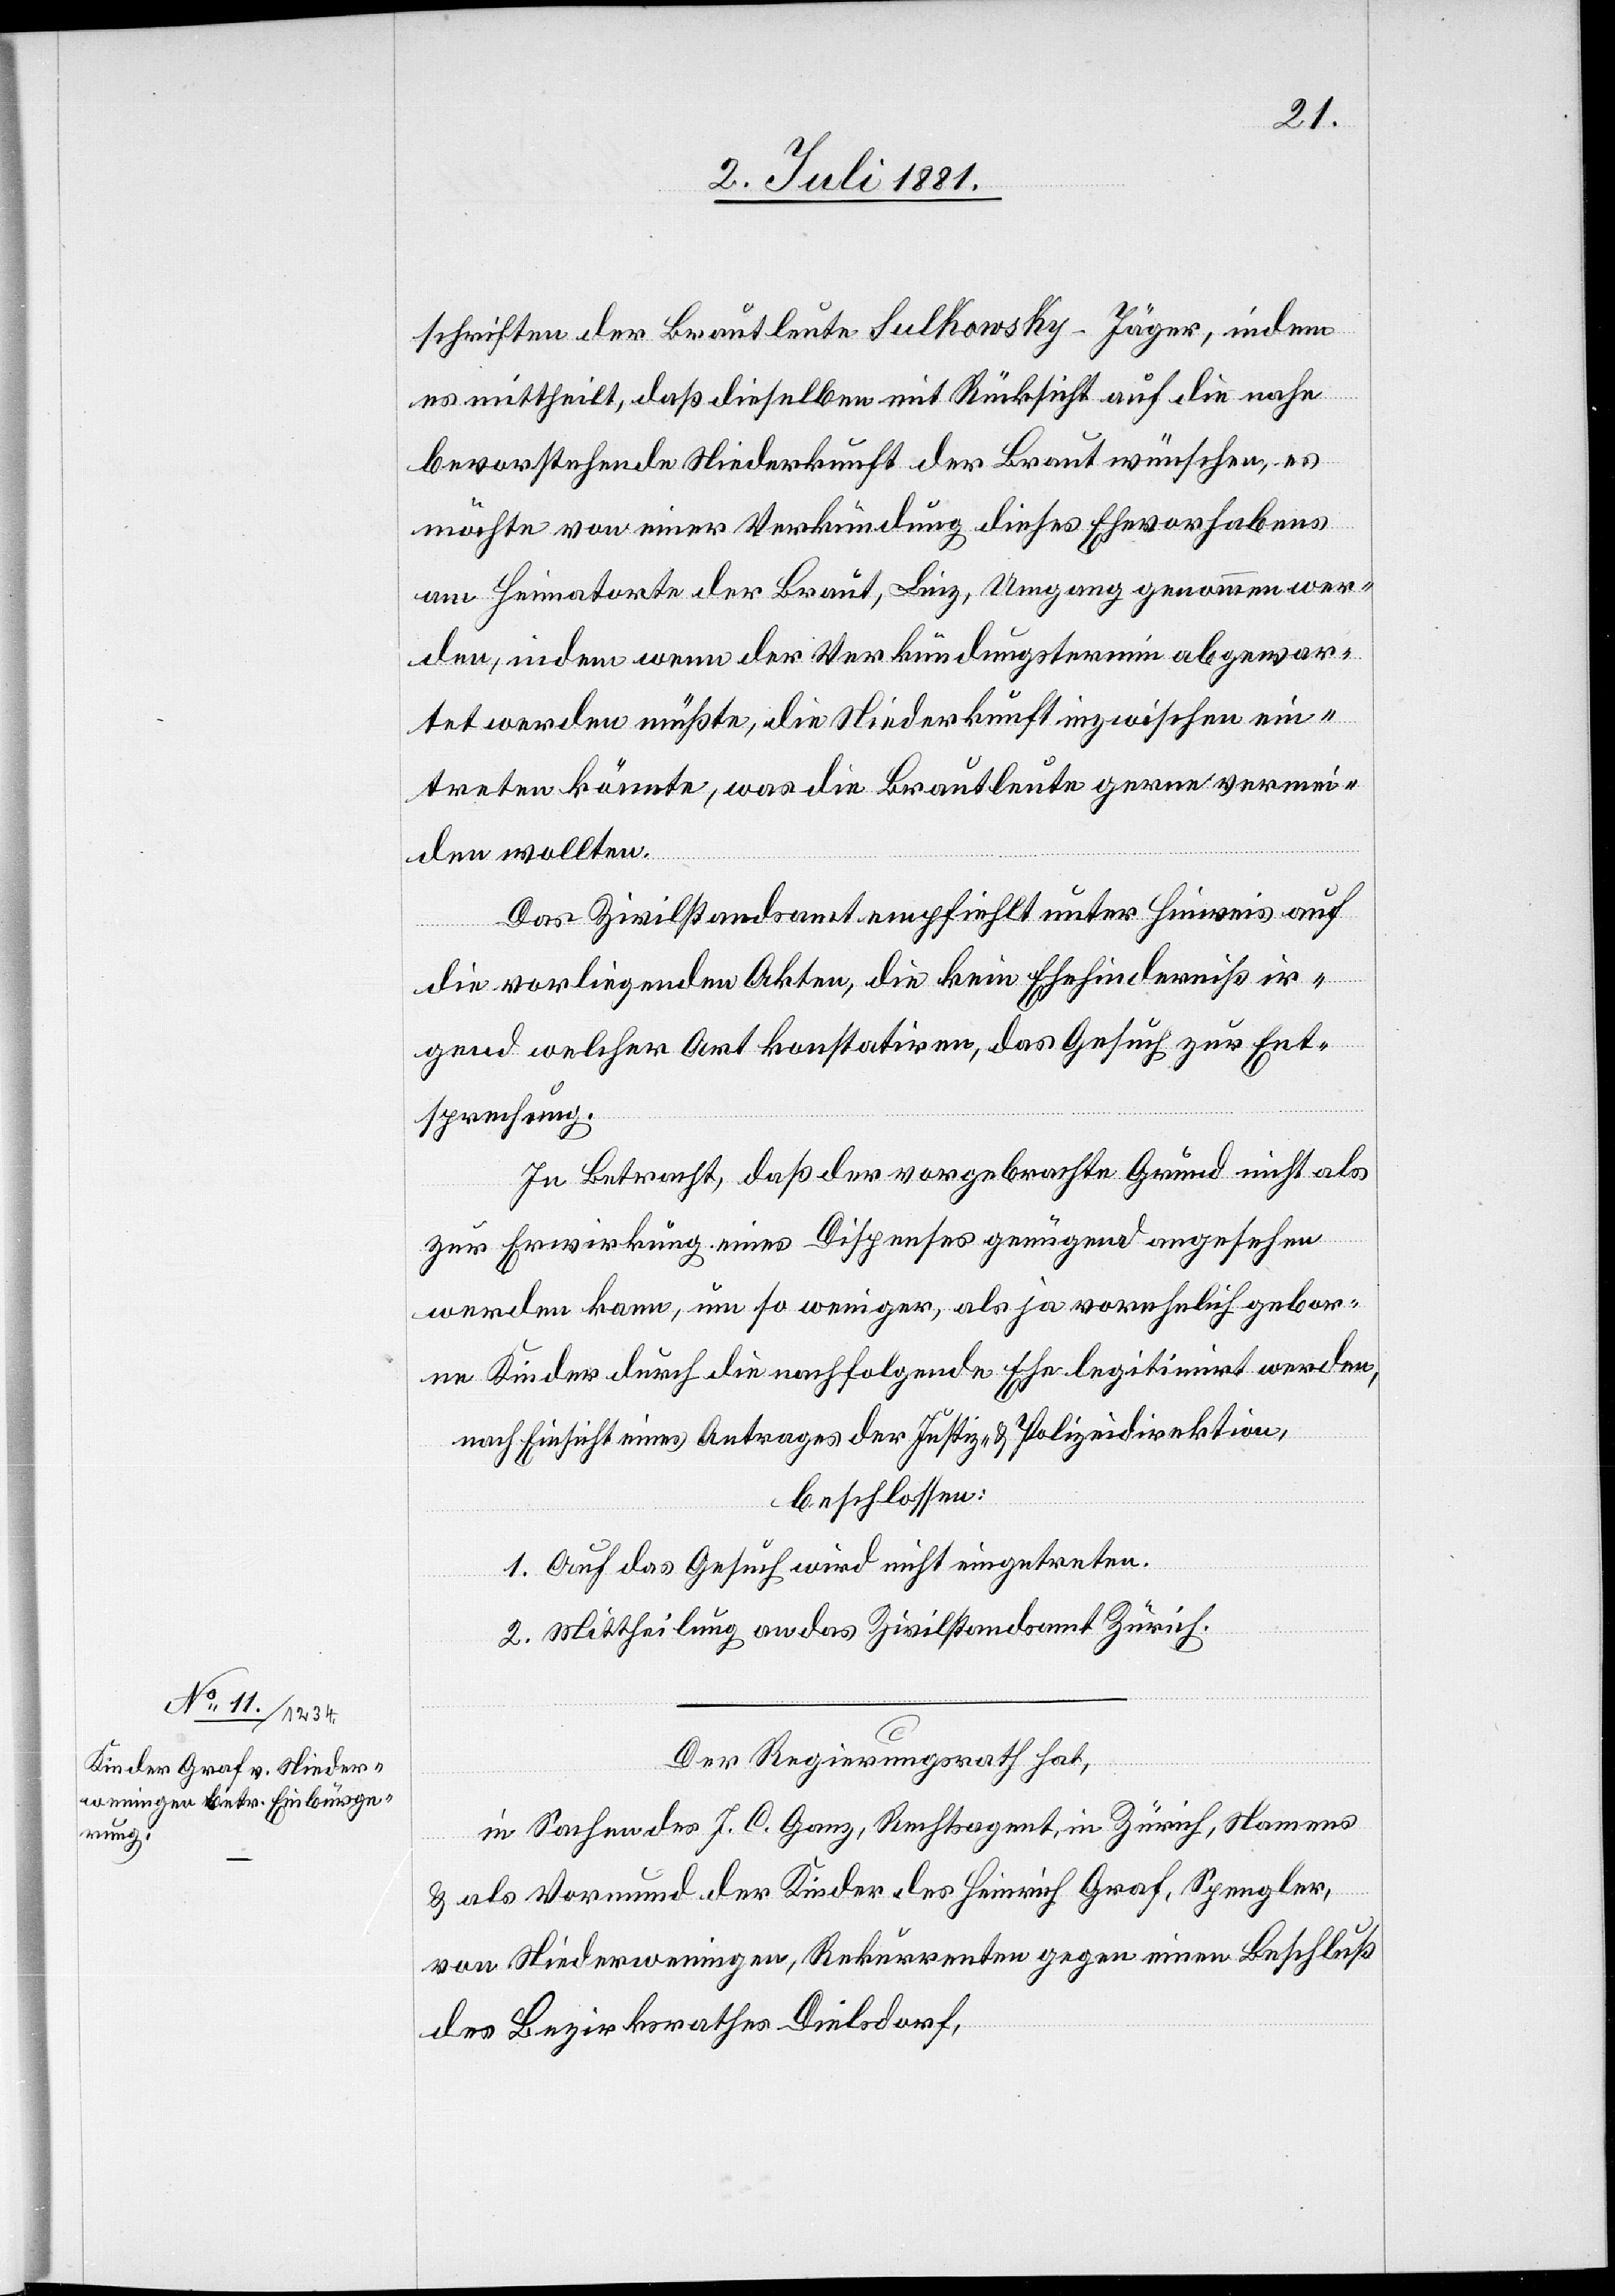
schriften der Brautleute Sulkowsky-Jäger, indem
es mittheilt, daß dieselben mit Rücksicht auf die nahe
bevorstehende Niederkunft der Braut wünschen, es
möchte von einer Verkündung dieses Ehevorhabens
am Heimatorte der Braut, Linz, Umgang genommen wer¬
den, indem wenn der Verkündungstermin abgewar¬
tet werden müßte, die Niederkunft inzwischen ein¬
treten könnte, was die Brautleute genau vermei¬
den wollten.
Das Zivilstandsamt empfiehlt unter Hinweis auf
die vorliegenden Akten, die kein Ehehinderniß ir¬
gend welcher Art konstatiren, das Gesuch zur Ent¬
sprechung.
In Betracht, daß der vorgebrachte Grund nicht als
zur Erwirkung eines Dispenses genügend angesehen
werden kann, um so weniger, als ja vorehelich gebor¬
ene Kinder durch die nachfolgende Ehe legitimirt werden,
nach Einsicht eines Antrages der Justiz- & Polizeidirektion,
beschlossen:
1. Auf das Gesuch wird nicht eingetreten.
2. Mittheilung an das Zivilstandamt Zürich.
Der Regierungsrath hat,
in Sachen des J. C. Ganz, Rechtsagent, in Zürich, Namens
& als Vormund der Kinder des Heinrich Graf, Spengler,
von Niederweningen, Rekurrenten gegen einen Beschluß
des Bezirksrathes Dielsdorf,